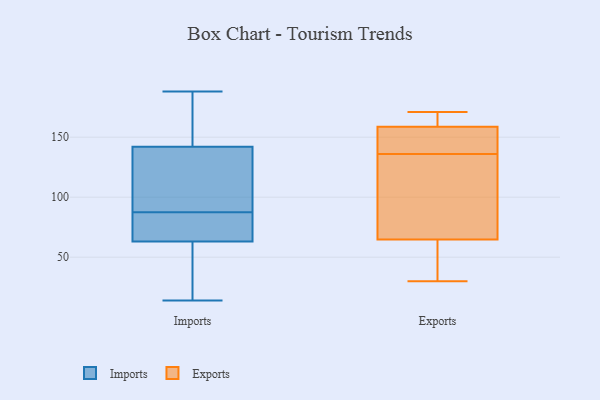
{"axis": {"x": "Tickets Resolved", "y": "Value"}, "legend": ["Exports", "Imports"], "data": [{"x": "", "y": 185, "type": "Imports"}, {"x": "", "y": 87, "type": "Imports"}, {"x": "", "y": 76, "type": "Imports"}, {"x": "", "y": 14, "type": "Imports"}, {"x": "", "y": 87, "type": "Imports"}, {"x": "", "y": 188, "type": "Imports"}, {"x": "", "y": 109, "type": "Imports"}, {"x": "", "y": 21, "type": "Imports"}, {"x": "", "y": 101, "type": "Imports"}, {"x": "", "y": 104, "type": "Imports"}, {"x": "", "y": 175, "type": "Imports"}, {"x": "", "y": 69, "type": "Imports"}, {"x": "", "y": 38, "type": "Imports"}, {"x": "", "y": 57, "type": "Imports"}, {"x": "", "y": 175, "type": "Imports"}, {"x": "", "y": 88, "type": "Imports"}, {"x": "", "y": 36, "type": "Exports"}, {"x": "", "y": 161, "type": "Exports"}, {"x": "", "y": 166, "type": "Exports"}, {"x": "", "y": 65, "type": "Exports"}, {"x": "", "y": 154, "type": "Exports"}, {"x": "", "y": 151, "type": "Exports"}, {"x": "", "y": 171, "type": "Exports"}, {"x": "", "y": 120, "type": "Exports"}, {"x": "", "y": 30, "type": "Exports"}, {"x": "", "y": 165, "type": "Exports"}, {"x": "", "y": 73, "type": "Exports"}, {"x": "", "y": 142, "type": "Exports"}, {"x": "", "y": 80, "type": "Exports"}, {"x": "", "y": 64, "type": "Exports"}, {"x": "", "y": 136, "type": "Exports"}, {"x": "", "y": 60, "type": "Exports"}, {"x": "", "y": 158, "type": "Exports"}]}